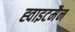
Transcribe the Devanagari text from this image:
ह्वाइटमैन